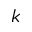
k